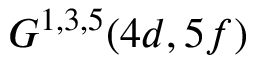
G ^ { 1 , 3 , 5 } ( 4 d , 5 f )